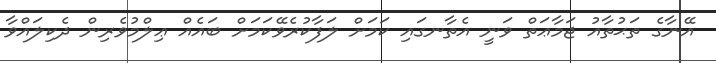
އޭނާގެ ތަޙުތާއު ޖަމާޢަތް ވަނީ އެތާނގައި ކަމަށް ލަފާކުރެވޭކަމަށް ބައެއް ޢިލްމުވެރިން ދެކިލައްވާ